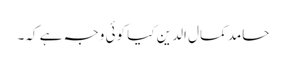
حامد کمال الدین کیا کوئی وجہ ہے کہ۔